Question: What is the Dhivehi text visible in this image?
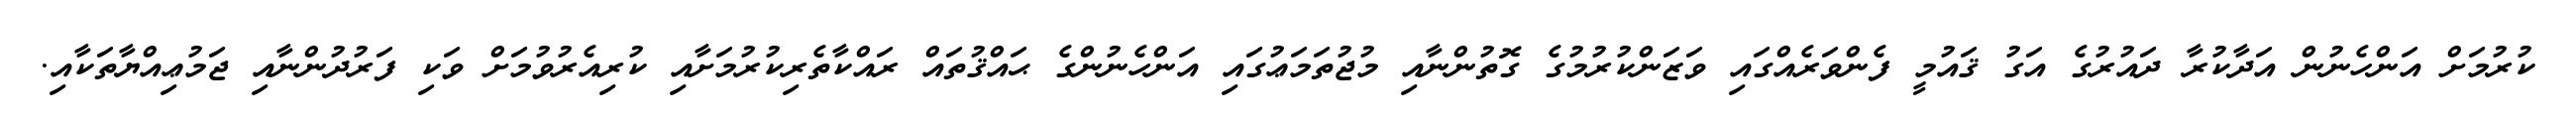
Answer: ކުރުމަށް އަންހެނުން އަދާކުރާ ދައުރުގެ އަގު ޤައުމީ ފެންވަރެއްގައި ވަޒަންކުރުމުގެ ގޮތުންނާއި މުޖުތަމަޢުގައި އަންހެނުންގެ ޙައްޤުތައް ރައްކާތެރިކުރުމަށާއި ކުރިއެރުވުމަށް ވަކި ފަރުދުންނާއި ޖަމުޢިއްޔާތަކާއި.